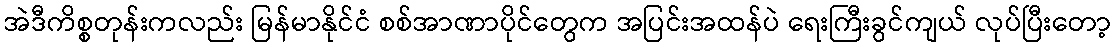
အဲဒီကိစ္စတုန်းကလည်း မြန်မာနိုင်ငံ စစ်အာဏာပိုင်တွေက အပြင်းအထန်ပဲ ရေးကြီးခွင်ကျယ် လုပ်ပြီးတော့